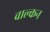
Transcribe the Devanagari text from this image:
वाल्कन